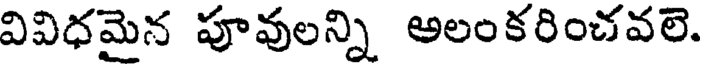
వివిధమైన పూవులన్ని అలంకరించవలె.